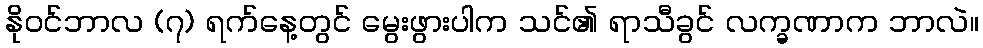
နိုဝင်ဘာလ (၇) ရက်နေ့တွင် မွေးဖွားပါက သင်၏ ရာသီခွင် လက္ခဏာက ဘာလဲ။